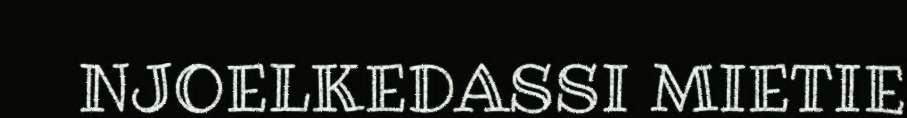
NJOELKEDASSI MIETIE